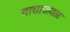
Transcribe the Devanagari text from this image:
वाघाजवळ